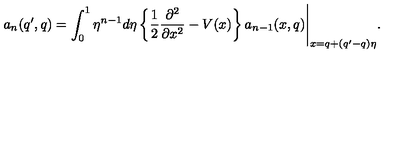
a _ { n } ( q ^ { \prime } , q ) = \int _ { 0 } ^ { 1 } \eta ^ { n - 1 } d \eta \left\{ \frac { 1 } { 2 } \frac { \partial ^ { 2 } } { \partial x ^ { 2 } } - V ( x ) \right\} a _ { n - 1 } ( x , q ) \Biggl . \Biggr | _ { x = q + ( q ^ { \prime } - q ) \eta } .